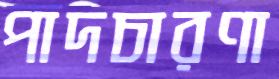
পাদচারণা